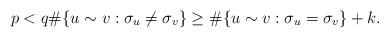
LaTeX: \begin{align*} p < q \#\{u \sim v: \sigma_u \ne \sigma_v\} \ge \#\{u \sim v: \sigma_u = \sigma_v\} + k. \end{align*}